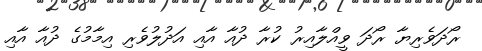
ރޯދަވެރިޔާ ރޯދަ ވީއްލާއިރު ކުރާ ދުއާ އާއި އަދުލުވެރި އިމާމުގެ ދުއާ އާއި